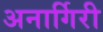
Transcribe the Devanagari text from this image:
अनार्गिरी